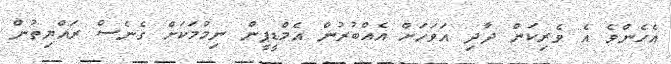
އެހެންވެ އެ ވެރިކަން ދާދި އަވަހަށް އެއްބުރުން އެމްޑީޕީން ނިމުމަކަށް ގެނެސް ރައްޔިތުން